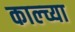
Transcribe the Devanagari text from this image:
काल्च्या